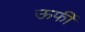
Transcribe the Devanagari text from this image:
ऊर्फी